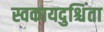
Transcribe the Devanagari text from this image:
स्वकायदुश्चिंता